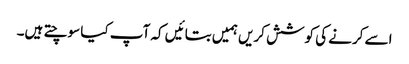
اسے کرنے کی کوشش کریں ہمیں بتائیں کہ آپ کیا سوچتے ہیں۔